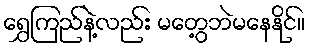
ရွှေကြည်နဲ့လည်း မတွေ့ဘဲမနေနိုင်။